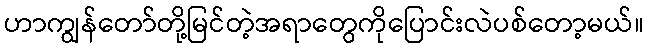
ဟာကျွန်တော်တို့မြင်တဲ့အရာတွေကိုပြောင်းလဲပစ်တော့မယ်။